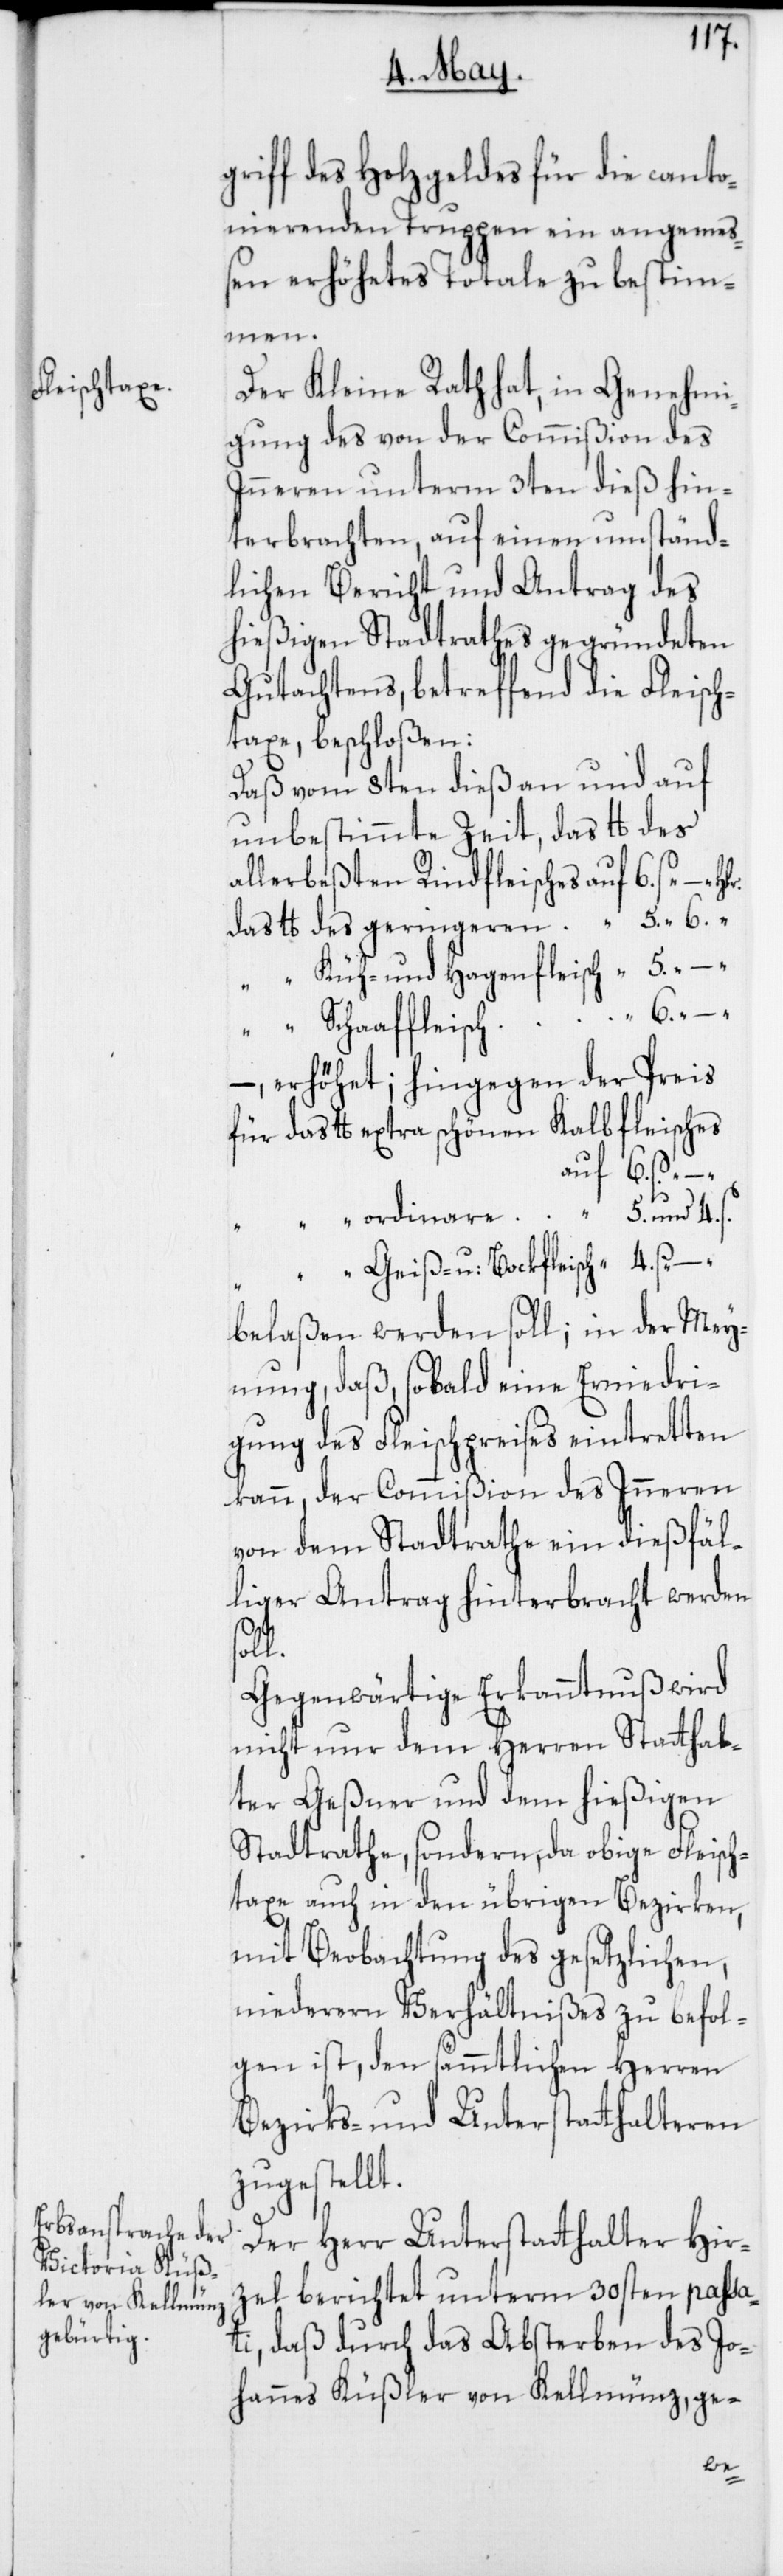
griff des Holzgeldes für die canto¬
nierenden Truppen ein angemeß¬
en erhöhetes Totale zu bestim¬
men.
Der Kleine Rath hat, in Genehmi¬
gung des von der Commißion des
Inneren unterm 3ten dieß hin¬
terbrachten, auf einen umständ¬
lichen Bericht und Antrag des
hießigen Stadtrathes gegeründeten
Gutachtens, betreffend die Fleisch¬
taxe, beschloßen:
Daß vom 8ten dieß an und auf
allerbeßten Rindfleisches auf 6. s. –.
das lb des geringeren “ “ 5. “ 6. “
“ “ Küh- und Hagenfleisch “ 5.
“ “ Schaffleisch “ 6. “ –
–, erhöhet; hingegen der Preis
für das lb extra schönen Kalbfleisches
“ “ ordinare “ 5. und 4. s.
“ “ Geiß- u: Bockfleisch “ 4. s. –.
belaßen werden soll; in der Mey¬
nung, daß, sobald eine Erniedri¬
gung des Fleischpreises eintretten
kann, der Commißion des Inneren
von dem Stadtrathe ein dießfäl¬
liger Antrag hinterbracht werden
–.
Gegenwärtige Erkanntnuß wird
nicht nur dem Herren Stathal¬
ter Geßner und dem hießigen
Stadtrathe, sondern, da obige Fleisch¬
taxe auch in den übrigen Bezirken,
mit Beobachtung des gesetzlichen,
niederen Verhältnißes zu befol¬
gen ist, den sämmtlichen Herren
Bezirks- und Unterstatthalteren
zugestellt.
Der Herr Unterstatthalter Hir¬
zel berichtet unterm 30sten passa¬
ti, daß durch das Absterben des Jo¬
hannes Küßler von Kellmünz, ge-
des